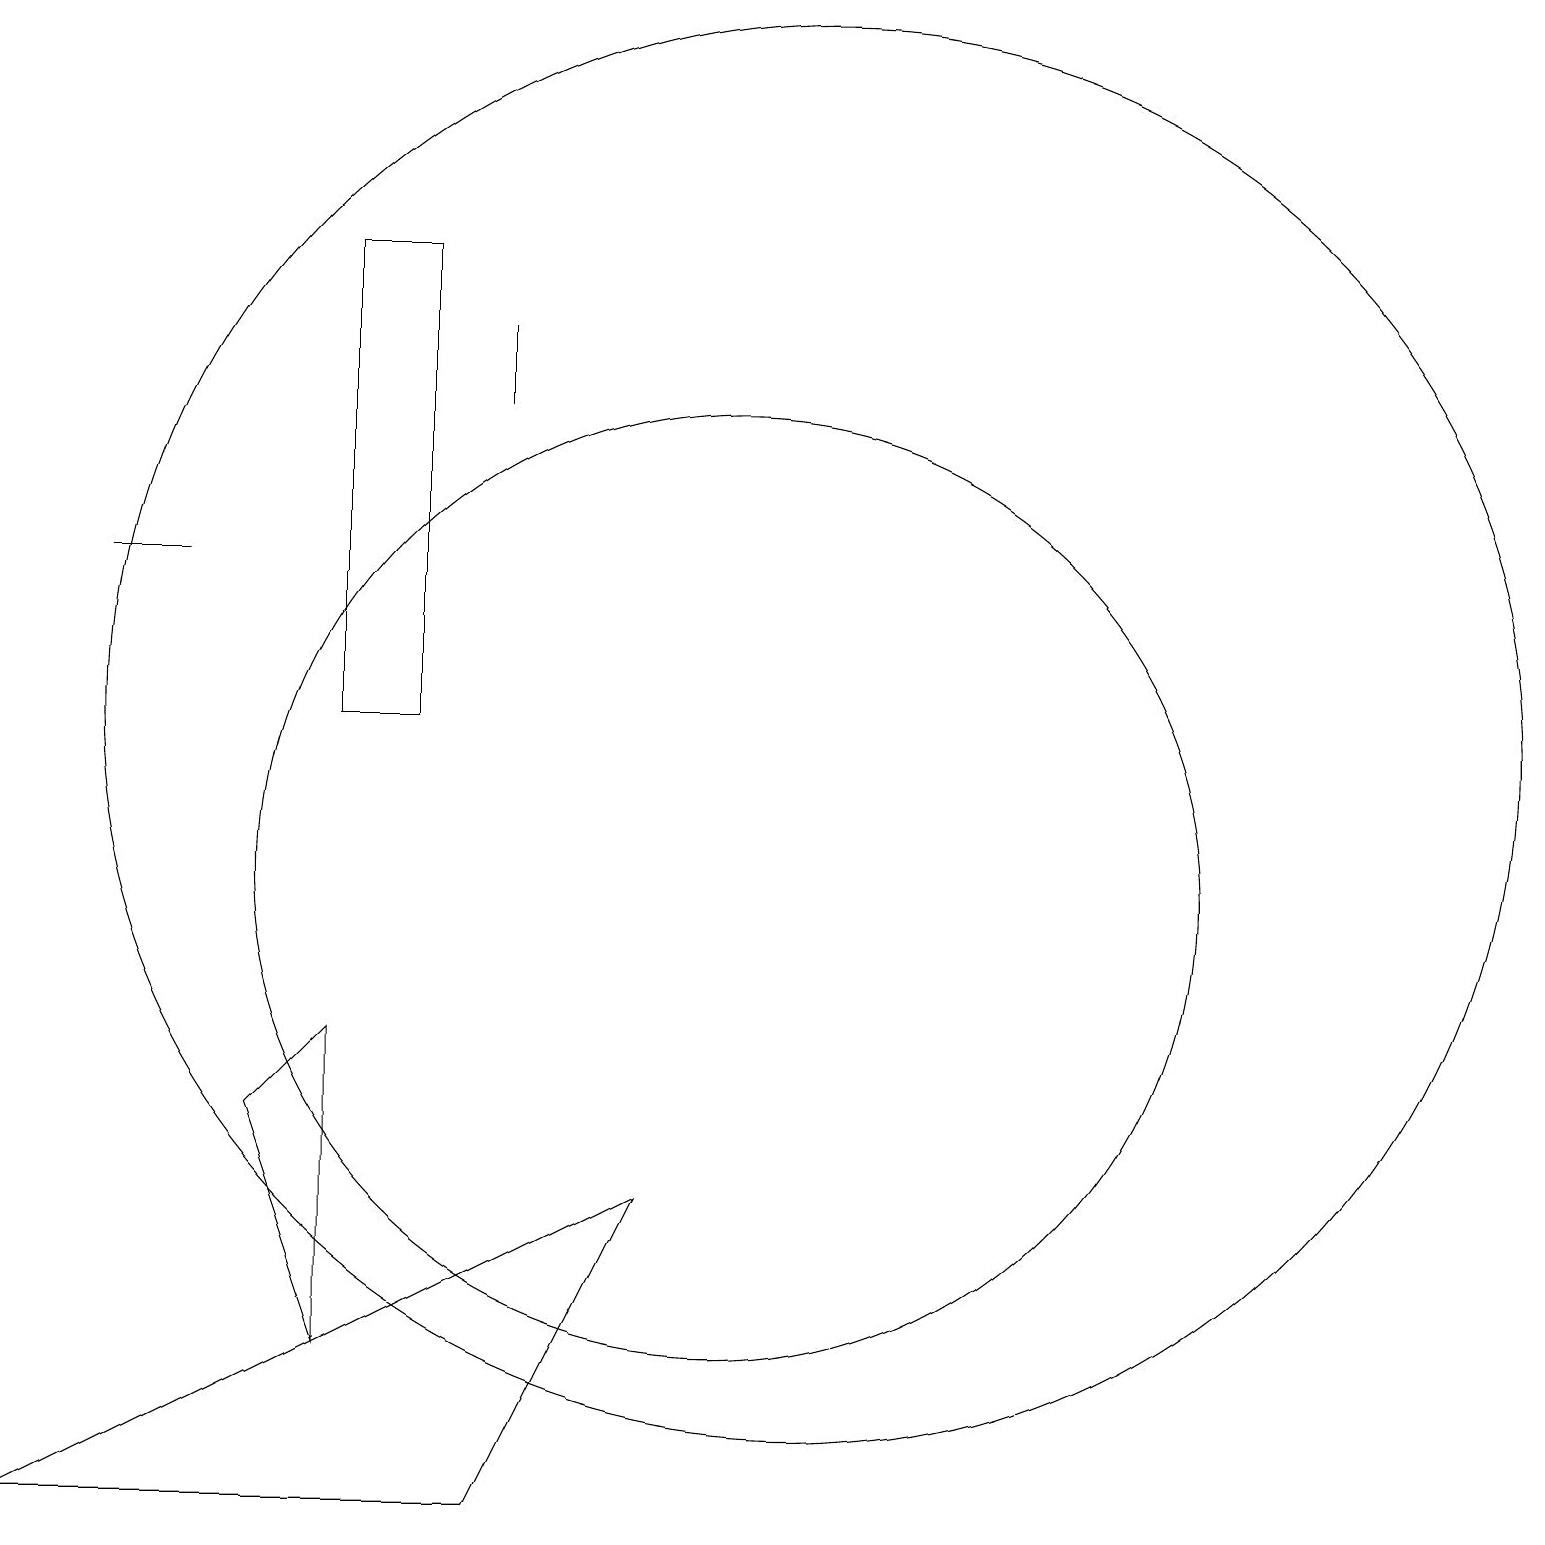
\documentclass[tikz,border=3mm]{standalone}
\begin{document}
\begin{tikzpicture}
\draw (1,2) -- (9,6) -- (7,2) -- cycle;
\draw (3,14) rectangle (2,14);
\draw (5,12) rectangle (6,18);
\draw (10,10) circle (6);
\draw (11,12) circle (9);
\draw (7,17) rectangle (7,16);
\draw (4,7) -- (5,8) -- (5,4) -- cycle;
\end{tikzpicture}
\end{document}